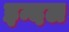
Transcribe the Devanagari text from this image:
इन्दल